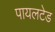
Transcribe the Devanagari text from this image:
पायलटेड